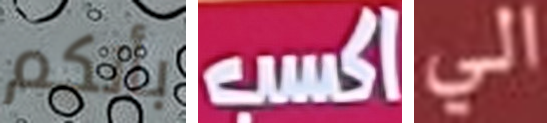
بأنكم اكسب الى